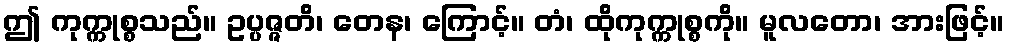
ဤ ကုက္ကုစ္စသည်။ ဥပ္ပဇ္ဇတိ၊ တေန၊ ကြောင့်။ တံ၊ ထိုကုက္ကုစ္စကို။ မူလတော၊ အားဖြင့်။